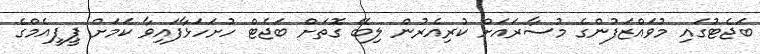
ބަޖެޓުގައި މުވައްޒަފުންގެ މުސާރައަށް ކުރިއެރުން ލިބޭ ގޮތަށް ބަޖެޓް ހުށަހަޅާފައިވާ ކަމަށް ޕީޕީއެމްގެ